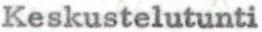
Keskustelutunti